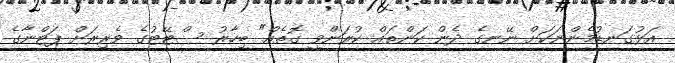
އަޅުގަނޑުމެންނަކަށް ނޭނގެ ދެން ކަންތައް ކުރަންވީ ގޮތެއް" ބިހާރު ސްޓޭޓުގެ ވެރިރަށް ޕަޓްނާގެ